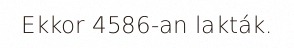
Ekkor 4586-an lakták.